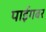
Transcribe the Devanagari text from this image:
पाईगबर